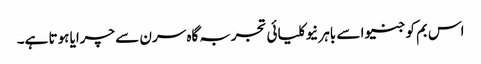
اس بم کو جنیوا سے باہر نیوکلیائی تجربہ گاہ سرن سے چرایا ہوتا ہے۔